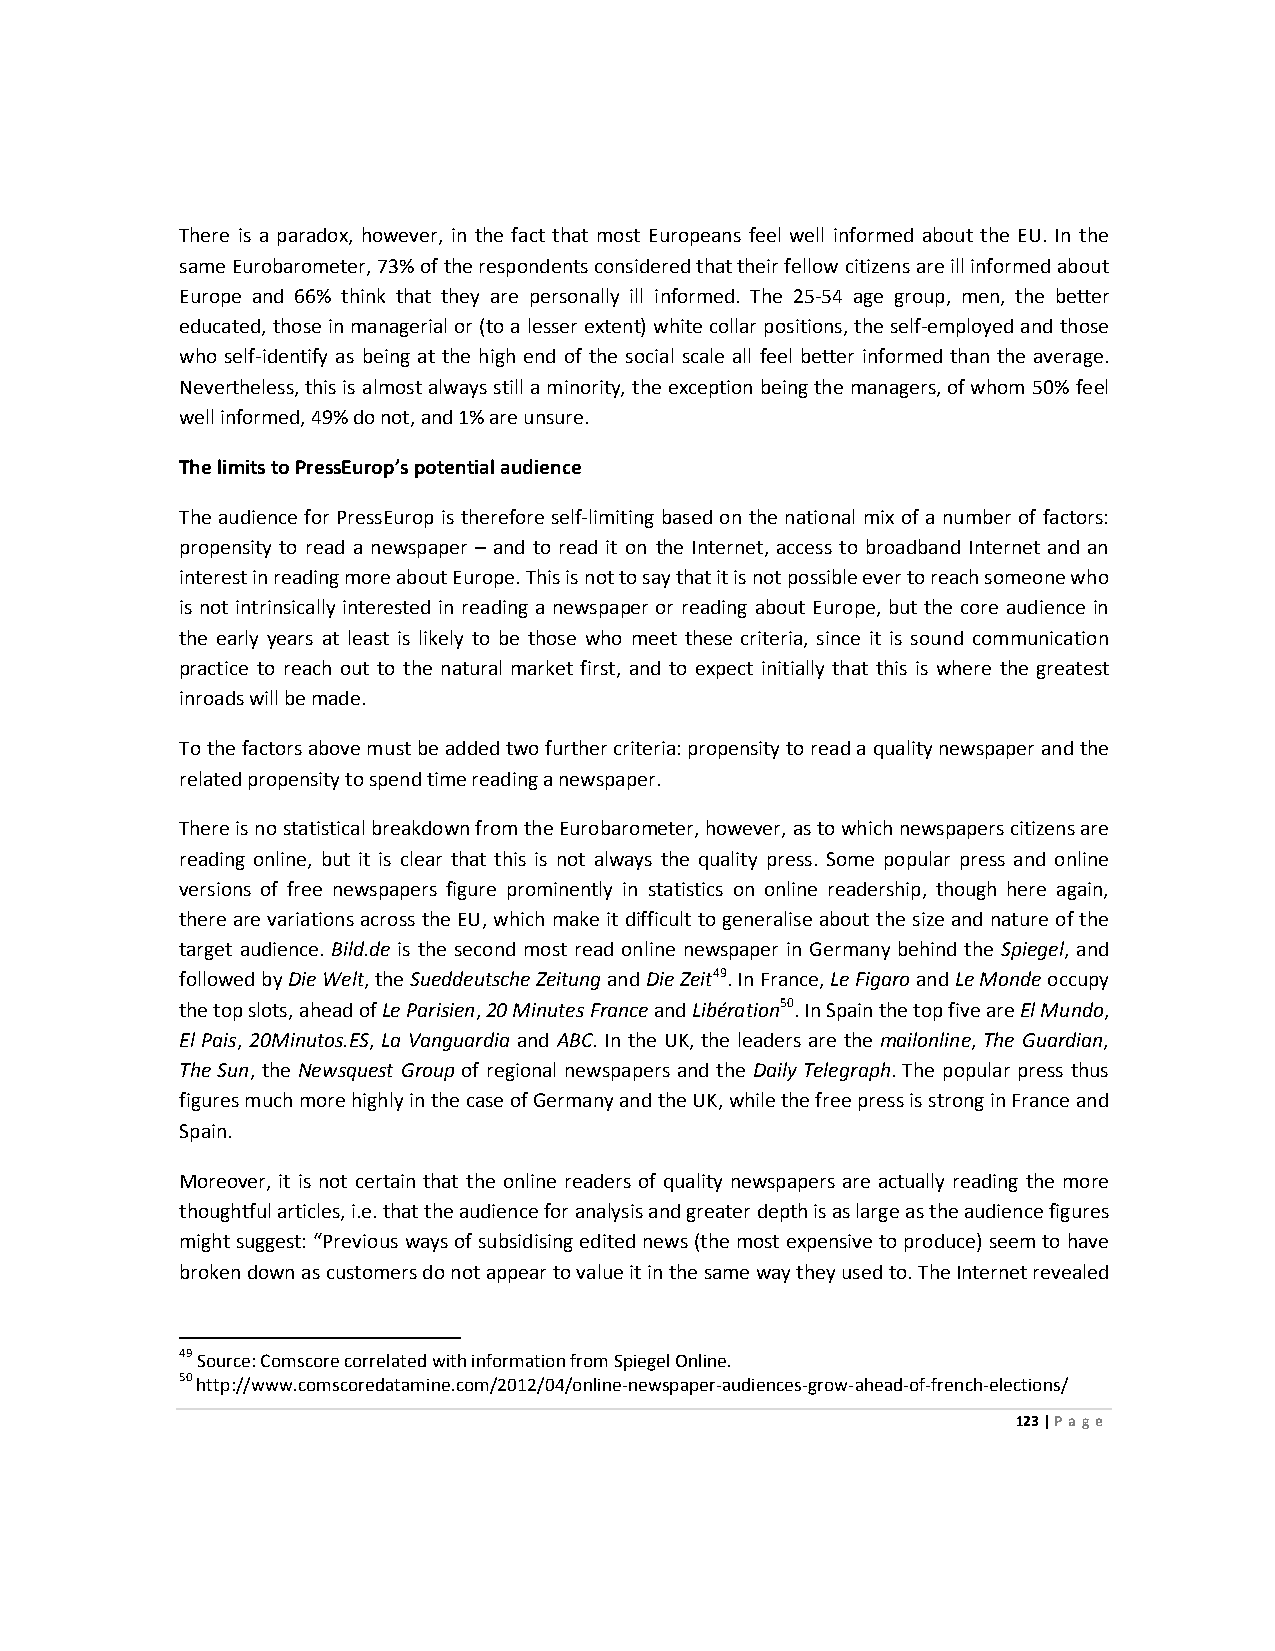
There is a paradox, however, in the fact that most Europeans feel well informed about the EU. In the
 same Eurobarometer, 73% of the respondents considered that their fellow citizens are ill informed about
 Europe and 66% think that they are personally ill informed. The 25-54 age group, men, the better
 educated, those in managerial or (to a lesser extent) white collar positions, the self-employed and those
 who self-identify as being at the high end of the social scale all feel better informed than the average.
 Nevertheless, this is almost always still a minority, the exception being the managers, of whom 50% feel
 well informed, 49% do not, and 1% are unsure.
 The limits to PressEurop’s potential audience
 The audience for PressEurop is therefore self-limiting based on the national mix of a number of factors:
 propensity to read a newspaper – and to read it on the Internet, access to broadband Internet and an
 interest in reading more about Europe. This is not to say that it is not possible ever to reach someone who
 is not intrinsically interested in reading a newspaper or reading about Europe, but the core audience in
 the early years at least is likely to be those who meet these criteria, since it is sound communication
 practice to reach out to the natural market first, and to expect initially that this is where the greatest
 inroads will be made.
 To the factors above must be added two further criteria: propensity to read a quality newspaper and the
 related propensity to spend time reading a newspaper.
 There is no statistical breakdown from the Eurobarometer, however, as to which newspapers citizens are
 reading online, but it is clear that this is not always the quality press. Some popular press and online
 versions of free newspapers figure prominently in statistics on online readership, though here again,
 there are variations across the EU, which make it difficult to generalise about the size and nature of the
 target audience. Bild.de is the second most read online newspaper in Germany behind the Spiegel, and
 followed by Die Welt, the Sueddeutsche Zeitung and Die Zeit49. In France, Le Figaro and Le Monde occupy
 the top slots, ahead of Le Parisien, 20 Minutes France and Libération50. In Spain the top five are El Mundo,
 El Pais, 20Minutos.ES, La Vanguardia and ABC. In the UK, the leaders are the mailonline, The Guardian,
 The Sun, the Newsquest Group of regional newspapers and the Daily Telegraph. The popular press thus
 figures much more highly in the case of Germany and the UK, while the free press is strong in France and
 Spain.
 Moreover, it is not certain that the online readers of quality newspapers are actually reading the more
 thoughtful articles, i.e. that the audience for analysis and greater depth is as large as the audience figures
 might suggest: “Previous ways of subsidising edited news (the most expensive to produce) seem to have
 broken down as customers do not appear to value it in the same way they used to. The Internet revealed
 49 Source: Comscore correlated with information from Spiegel Online.
 50 http://www.comscoredatamine.com/2012/04/online-newspaper-audiences-grow-ahead-of-french-elections/
 123 | Page